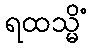
ရထသ္မိံ